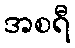
အစရီ